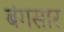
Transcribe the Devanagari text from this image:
बंगसार